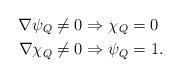
LaTeX: \begin{align*}\nabla \psi_Q&\neq 0 \Rightarrow \chi_Q=0 \\\nabla \chi_Q&\neq 0 \Rightarrow \psi_Q=1.\end{align*}